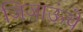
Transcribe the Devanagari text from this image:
जिजाऊंचे